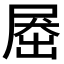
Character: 𡲗